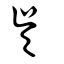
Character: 吴